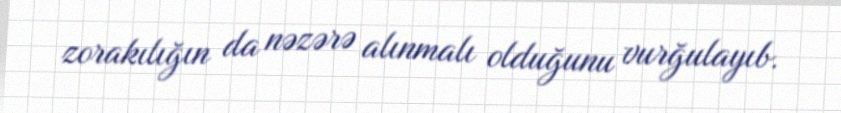
zorakılığın da nəzərə alınmalı olduğunu vurğulayıb.